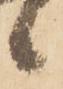
候